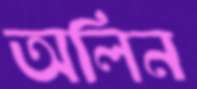
অলিন